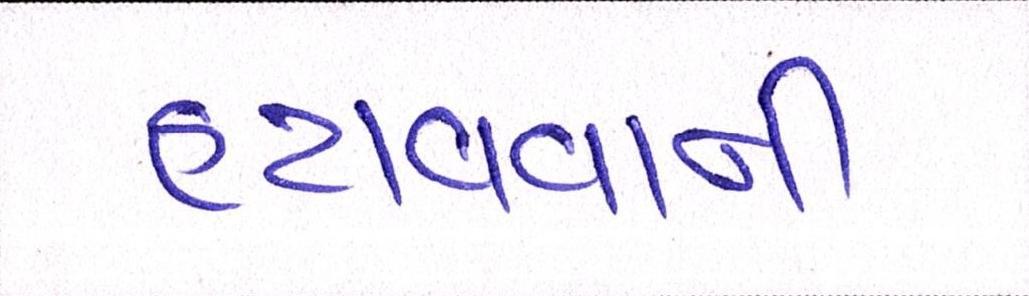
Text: હટાવવાની